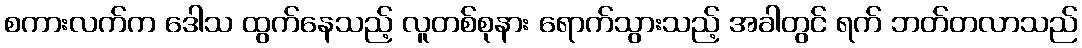
စကားလက်က ဒေါသ ထွက်နေသည့် လူတစ်စုနား ရောက်သွားသည့် အခါတွင် ရက် ဘတ်တလာသည်